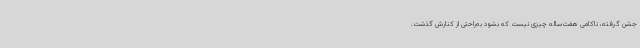
جشن گرفته، ناکامی هفت‌ساله چیزی نیست که بشود به‌راحتی از کنارش گذشت.